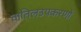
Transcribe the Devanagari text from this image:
वातिलउपकरणों